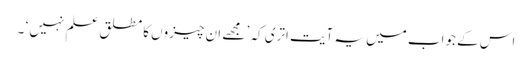
اس کے جواب میں یہ آیت اتری کہ ’ مجھے ان چیزوں کا مطلق علم نہیں ‘ ۔